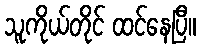
သူကိုယ်တိုင် ထင်နေပြီ။